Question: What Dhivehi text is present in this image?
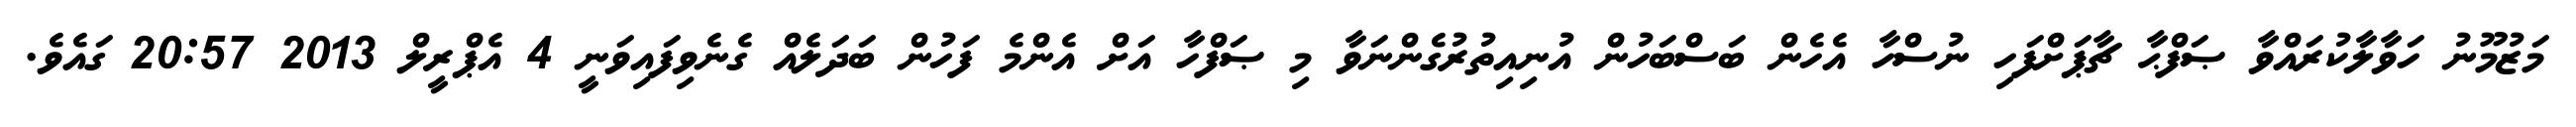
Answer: މަޒުމޫނު ހަވާލާކުރައްވާ ޞަފްޙާ ޗާޕަށްފަހި ނުސްހާ އެހެން ބަސްބަހުން އުނިއިތުރުގެންނަވާ މި ޞަފްހާ އަށް އެންމެ ފަހުން ބަދަލެއް ގެނެވިފައިވަނީ 4 އެޕްރީލް 2013 20:57 ގައެވެ.